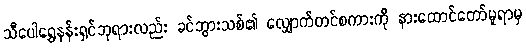
သီပေါရွှေနန်းရှင်ဘုရားလည်း ခင်ဘွားသစ်၏ လျှောက်တင်စကားကို နားထောင်တော်မူရာမှ